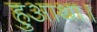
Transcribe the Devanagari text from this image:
हुआथा।